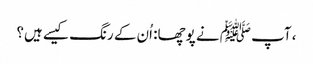
، آپ ﷺ نے پوچھا: اُن کے رنگ کیسے ہیں؟